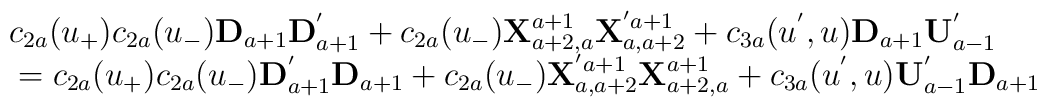
\begin{array}{l}c_{2a}(u_{+})c_{2a}(u_{-}){\bf D}_{a+1}{\bf D}_{a+1}^{'}+c_{2a}(u_{-}){\bf X}^{a+1}_{a+2,a}{\bf X}^{'a+1}_{a,a+2}+c_{3a}(u^{'},u){\bf D}_{a+1}{\bf U}_{a-1}^{'}\\\mbox{}=c_{2a}(u_{+})c_{2a}(u_{-}){\bf D}_{a+1}^{'}{\bf D}_{a+1}+c_{2a}(u_{-}){\bf X}^{'a+1}_{a,a+2}{\bf X}^{a+1}_{a+2,a}+c_{3a}(u^{'},u){\bf U}_{a-1}^{'}{\bf D}_{a+1}\end{array}